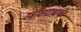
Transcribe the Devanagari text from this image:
स्त्रीवादाबाबत